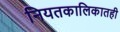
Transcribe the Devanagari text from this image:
नियतकालिकातही